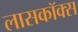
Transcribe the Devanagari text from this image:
लासकॉक्स